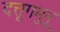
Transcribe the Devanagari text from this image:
दत्तूगमुनू